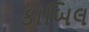
કાબિલ